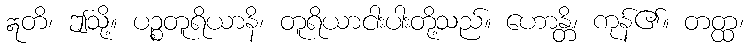
ဣတိ၊ ဤသို့။ ပဉ္စတူရိယာနိ၊ တူရိယာငါးပါးတို့သည်။ ဟောန္တိ၊ ကုန်၏။ တတ္ထ၊